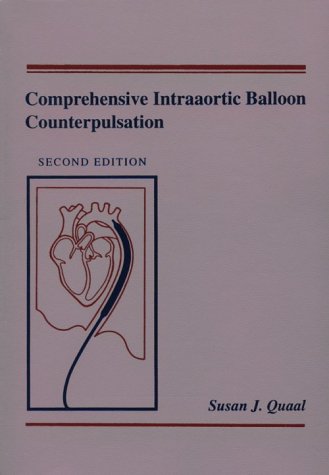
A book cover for Comprehensive Intraaortic Balloon Counterpulsation; Susan J. Quaal RN  PhD  CVS  CCRN; Medical Books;